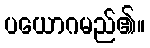
ပယောဂမည်၏။